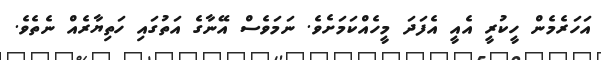
އަހަރެމެން ހީކުރީ އެއީ އެފަދަ މީހެއްކަމަށެވެ. ނަމަވެސް އޭނާގެ އަތުގައި ހަތިޔާރެއް ނެތެވެ.